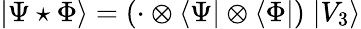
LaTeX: |\Psi\star\Phi\rangle=(\cdot\otimes\langle\Psi|\otimes\langle\Phi|)\; |V_{3}\rangle